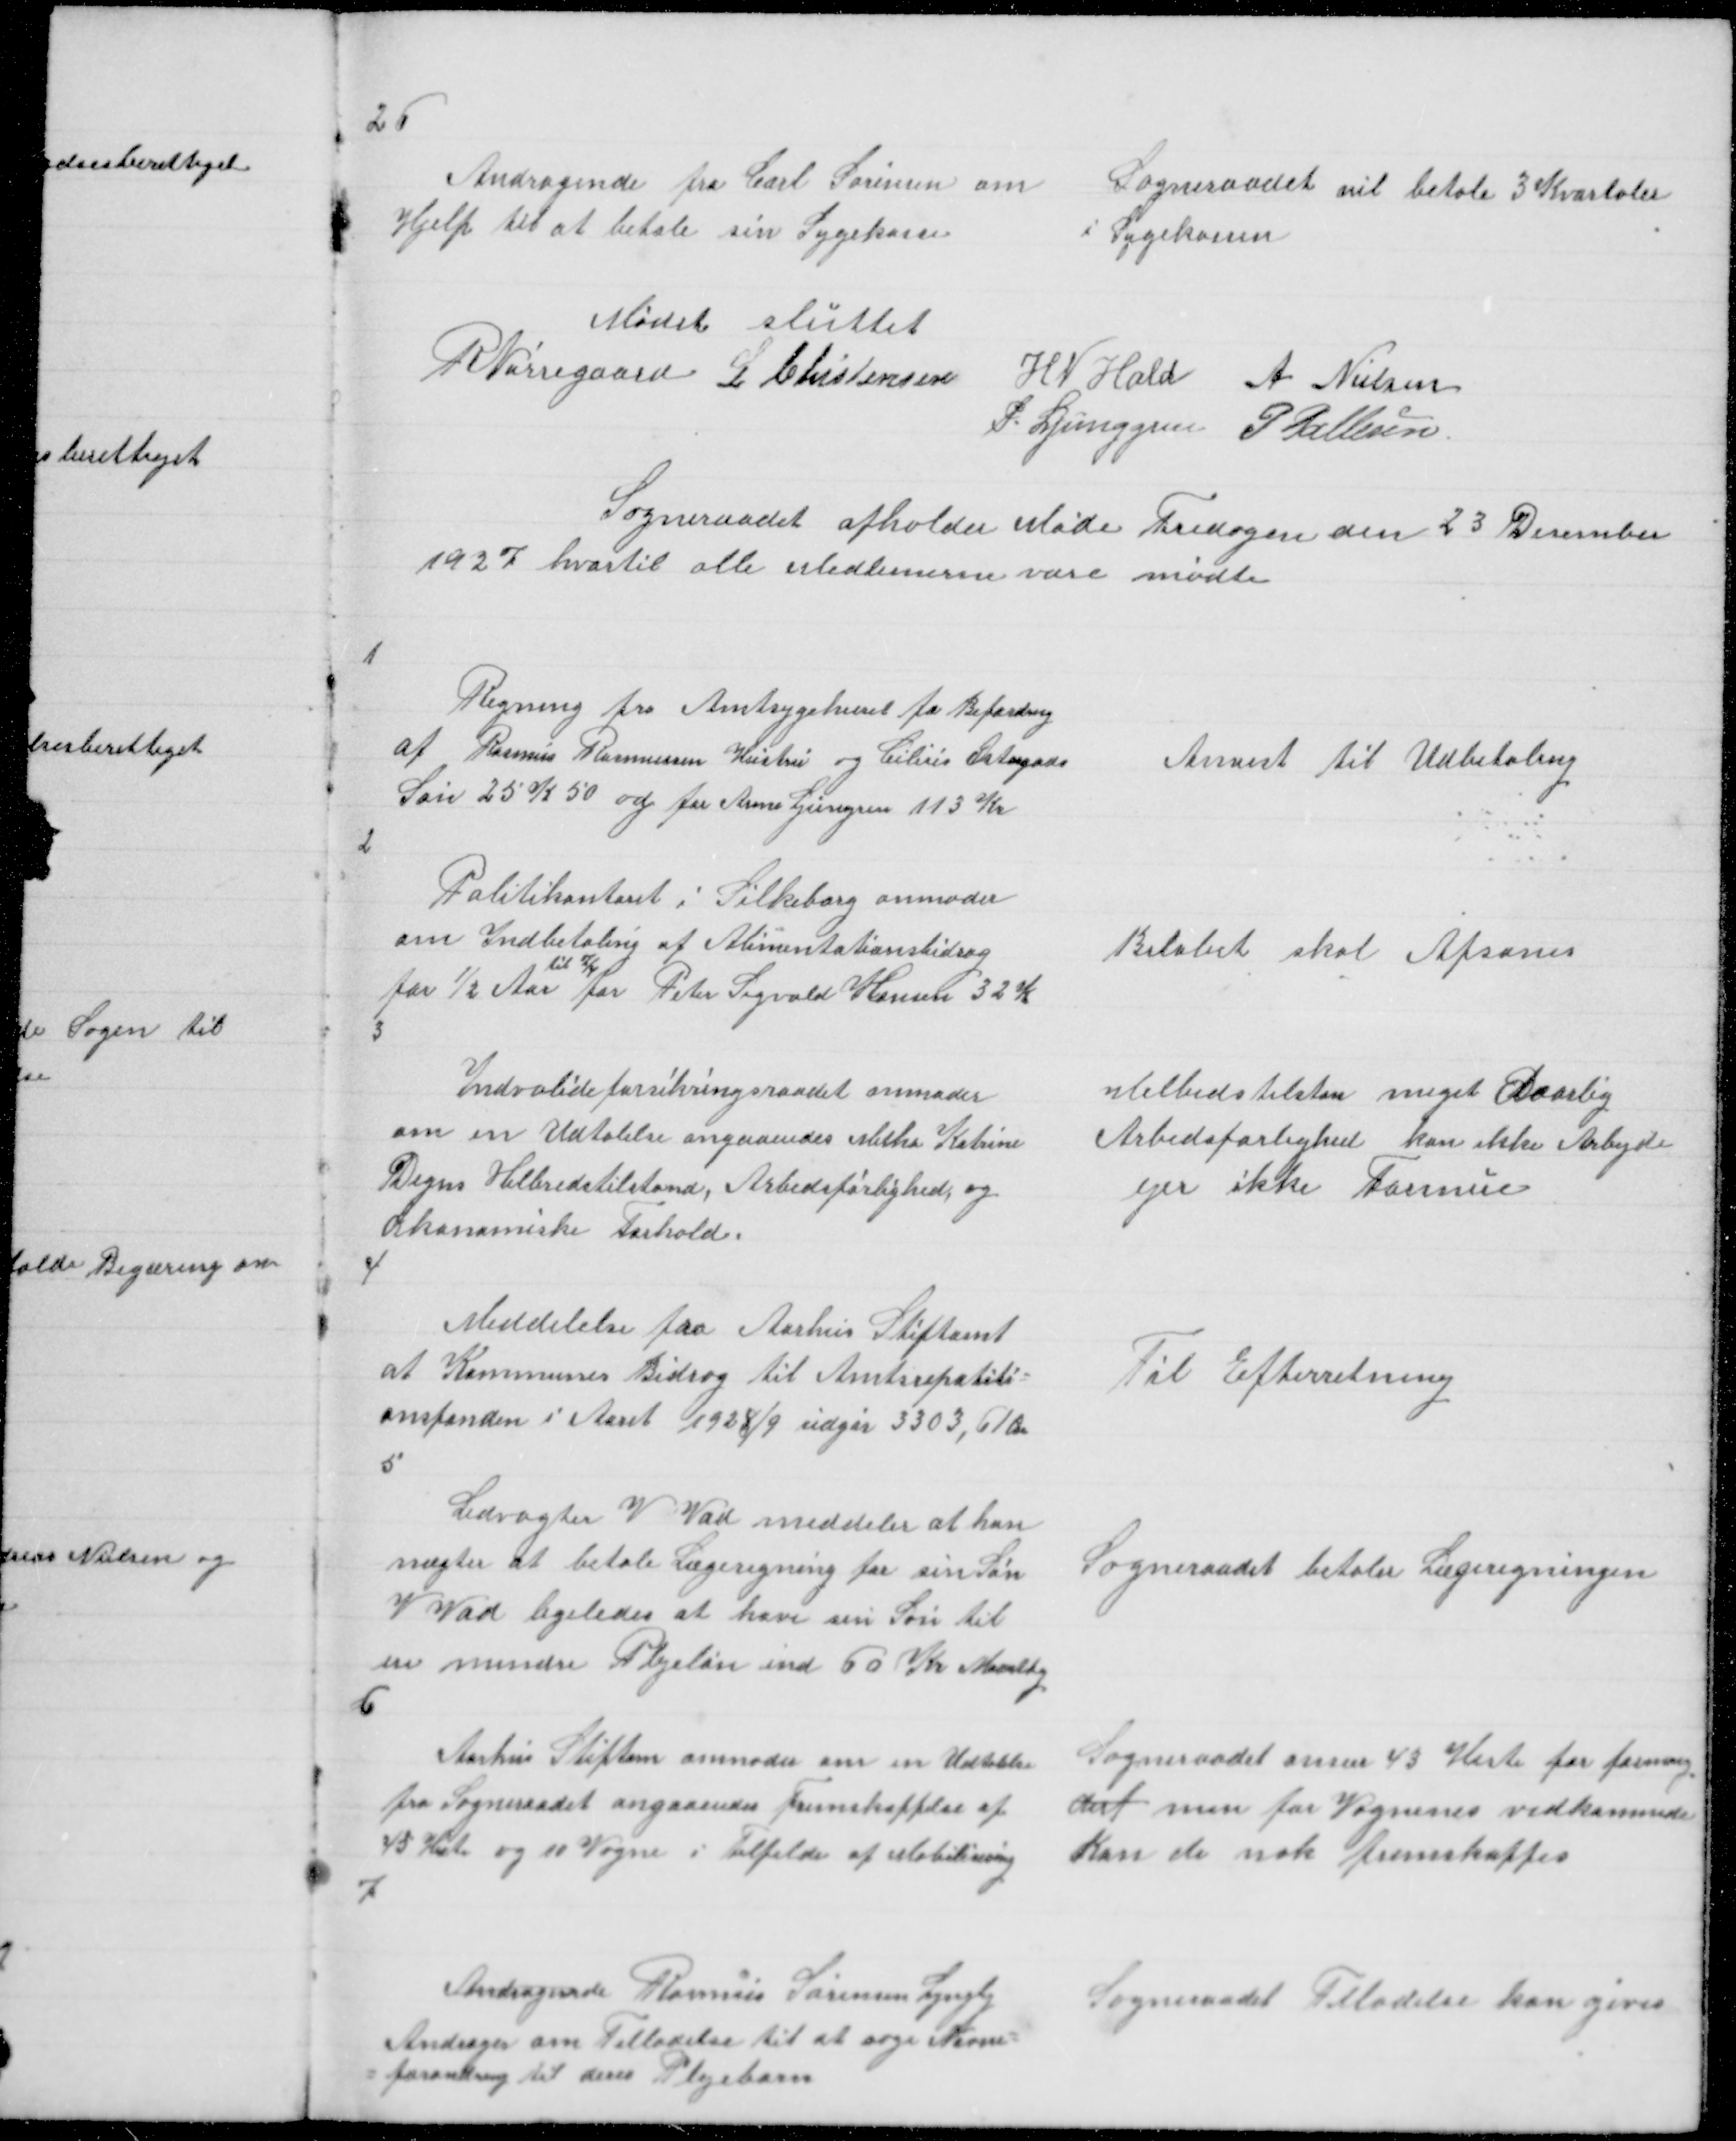
Transskription:
26

Andragende fra Carl Sørensen om
Hjelp til at betale sin Sygekasse

Sogneraadet vil betale 3 Kvartaler
i Sygekassen

Mødet sluttet
R Nørregaard L Christensen
H N Hald A Nielsen
P. Ljunggren P Pallesen
Sogneraadet afholder Møde Fredagen den 23 December
1927 hvortil alle Medlemerne vare mødte

1

Regning fra Amtsygehuset for Befordring
af Rasmus Rasmussen Hustru og Cilius Østergads
Søn 25 K 50 og fru Anne Ljunggren 113 Kr

Anvist til Udbetaling

2

Politikontoret i Silkeborg anmoder
om Indbetaling af Alimentationsbidrag
til 7/4
for ½ Aar for Peter Sigvald Hansen 32 K
3

Beløbet skal Afsones

Indvalideforsikringsraadet anmoder
om en Udtalelse angaaendes Metha Katrine
Degns Helbredstilstand, Arbedsførlighed og
Økonomiske Forhold
4

Helbredstilstan meget Daarlig
Arbedsførlighed kan ikke Arbejde
ejer ikke Formue

Meddelelse fra Aarhus Stiftamt
at Kommunens Bidrag til Amtsrepatiti =
onsfonden i Aaret 1928/9 udgør 3303,61 Øre
5

Til Efterretning

Ledvogter V Vad meddeler at han
nægter at betale Lægeregning for sin Søn
V Vad ligeledes at have sin Søn til
en mindre Plejeløn ind 60 Kr Maantlig
6

Sogneraadet betaler Lægeregningen

Aarhus Stiftamt anmoder om en Udtalelse
fra Sogneraadet angaaendes Fremskaffelse af
45 Heste og 10 Vogne i Tilfelde af Mobilisering
7

Sogneraadet anser 45 Heste for formang
derf men for Vognenes vedkommende
Kan de nok fremskaffes

Andragende Rasmus Sørensen Lyngby
Andrager om Tilladelse til at søge Navne =
= forandring til deres Plejebarn

Sogneraadet Tilladelse kan gives